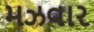
મઝવાર